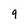
Character: 9